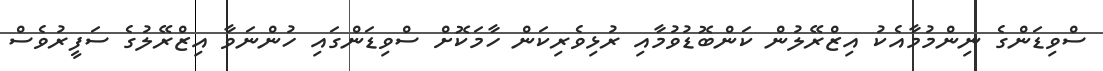
ސްވިޑަންގެ ނިންމުމާއެކު އިޒްރޭލުން ކަންބޮޑުވުމާއި ރުޅިވެރިކަން ހާމަކޮށް ސްވިޑަންގައި ހުންނަވާ އިޒްރޭލުގެ ސަފީރުވެސް